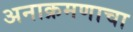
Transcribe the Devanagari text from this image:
अनाक्रमणाचा